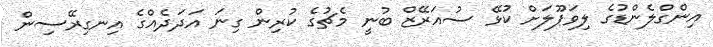
އިންގްލެންޑުގެ ލިވަޕޫލަށް ކުޅޭ ސުއަރޭޒް ބުނީ މެޗުގެ ކުރިން ގިނަ އަދަދެއްގެ އިނގިރޭސިން